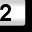
Digit: 2